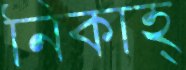
নিকাহ্